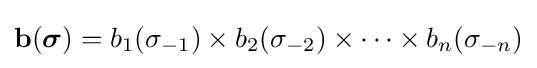
\mathbf {b} ({\boldsymbol {\sigma }})=b_{1}(\sigma _{-1})\times b_{2}(\sigma _{-2})\times \cdots \times b_{n}(\sigma _{-n})